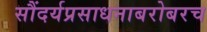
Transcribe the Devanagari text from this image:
सौंदर्यप्रसाधनाबरोबरच